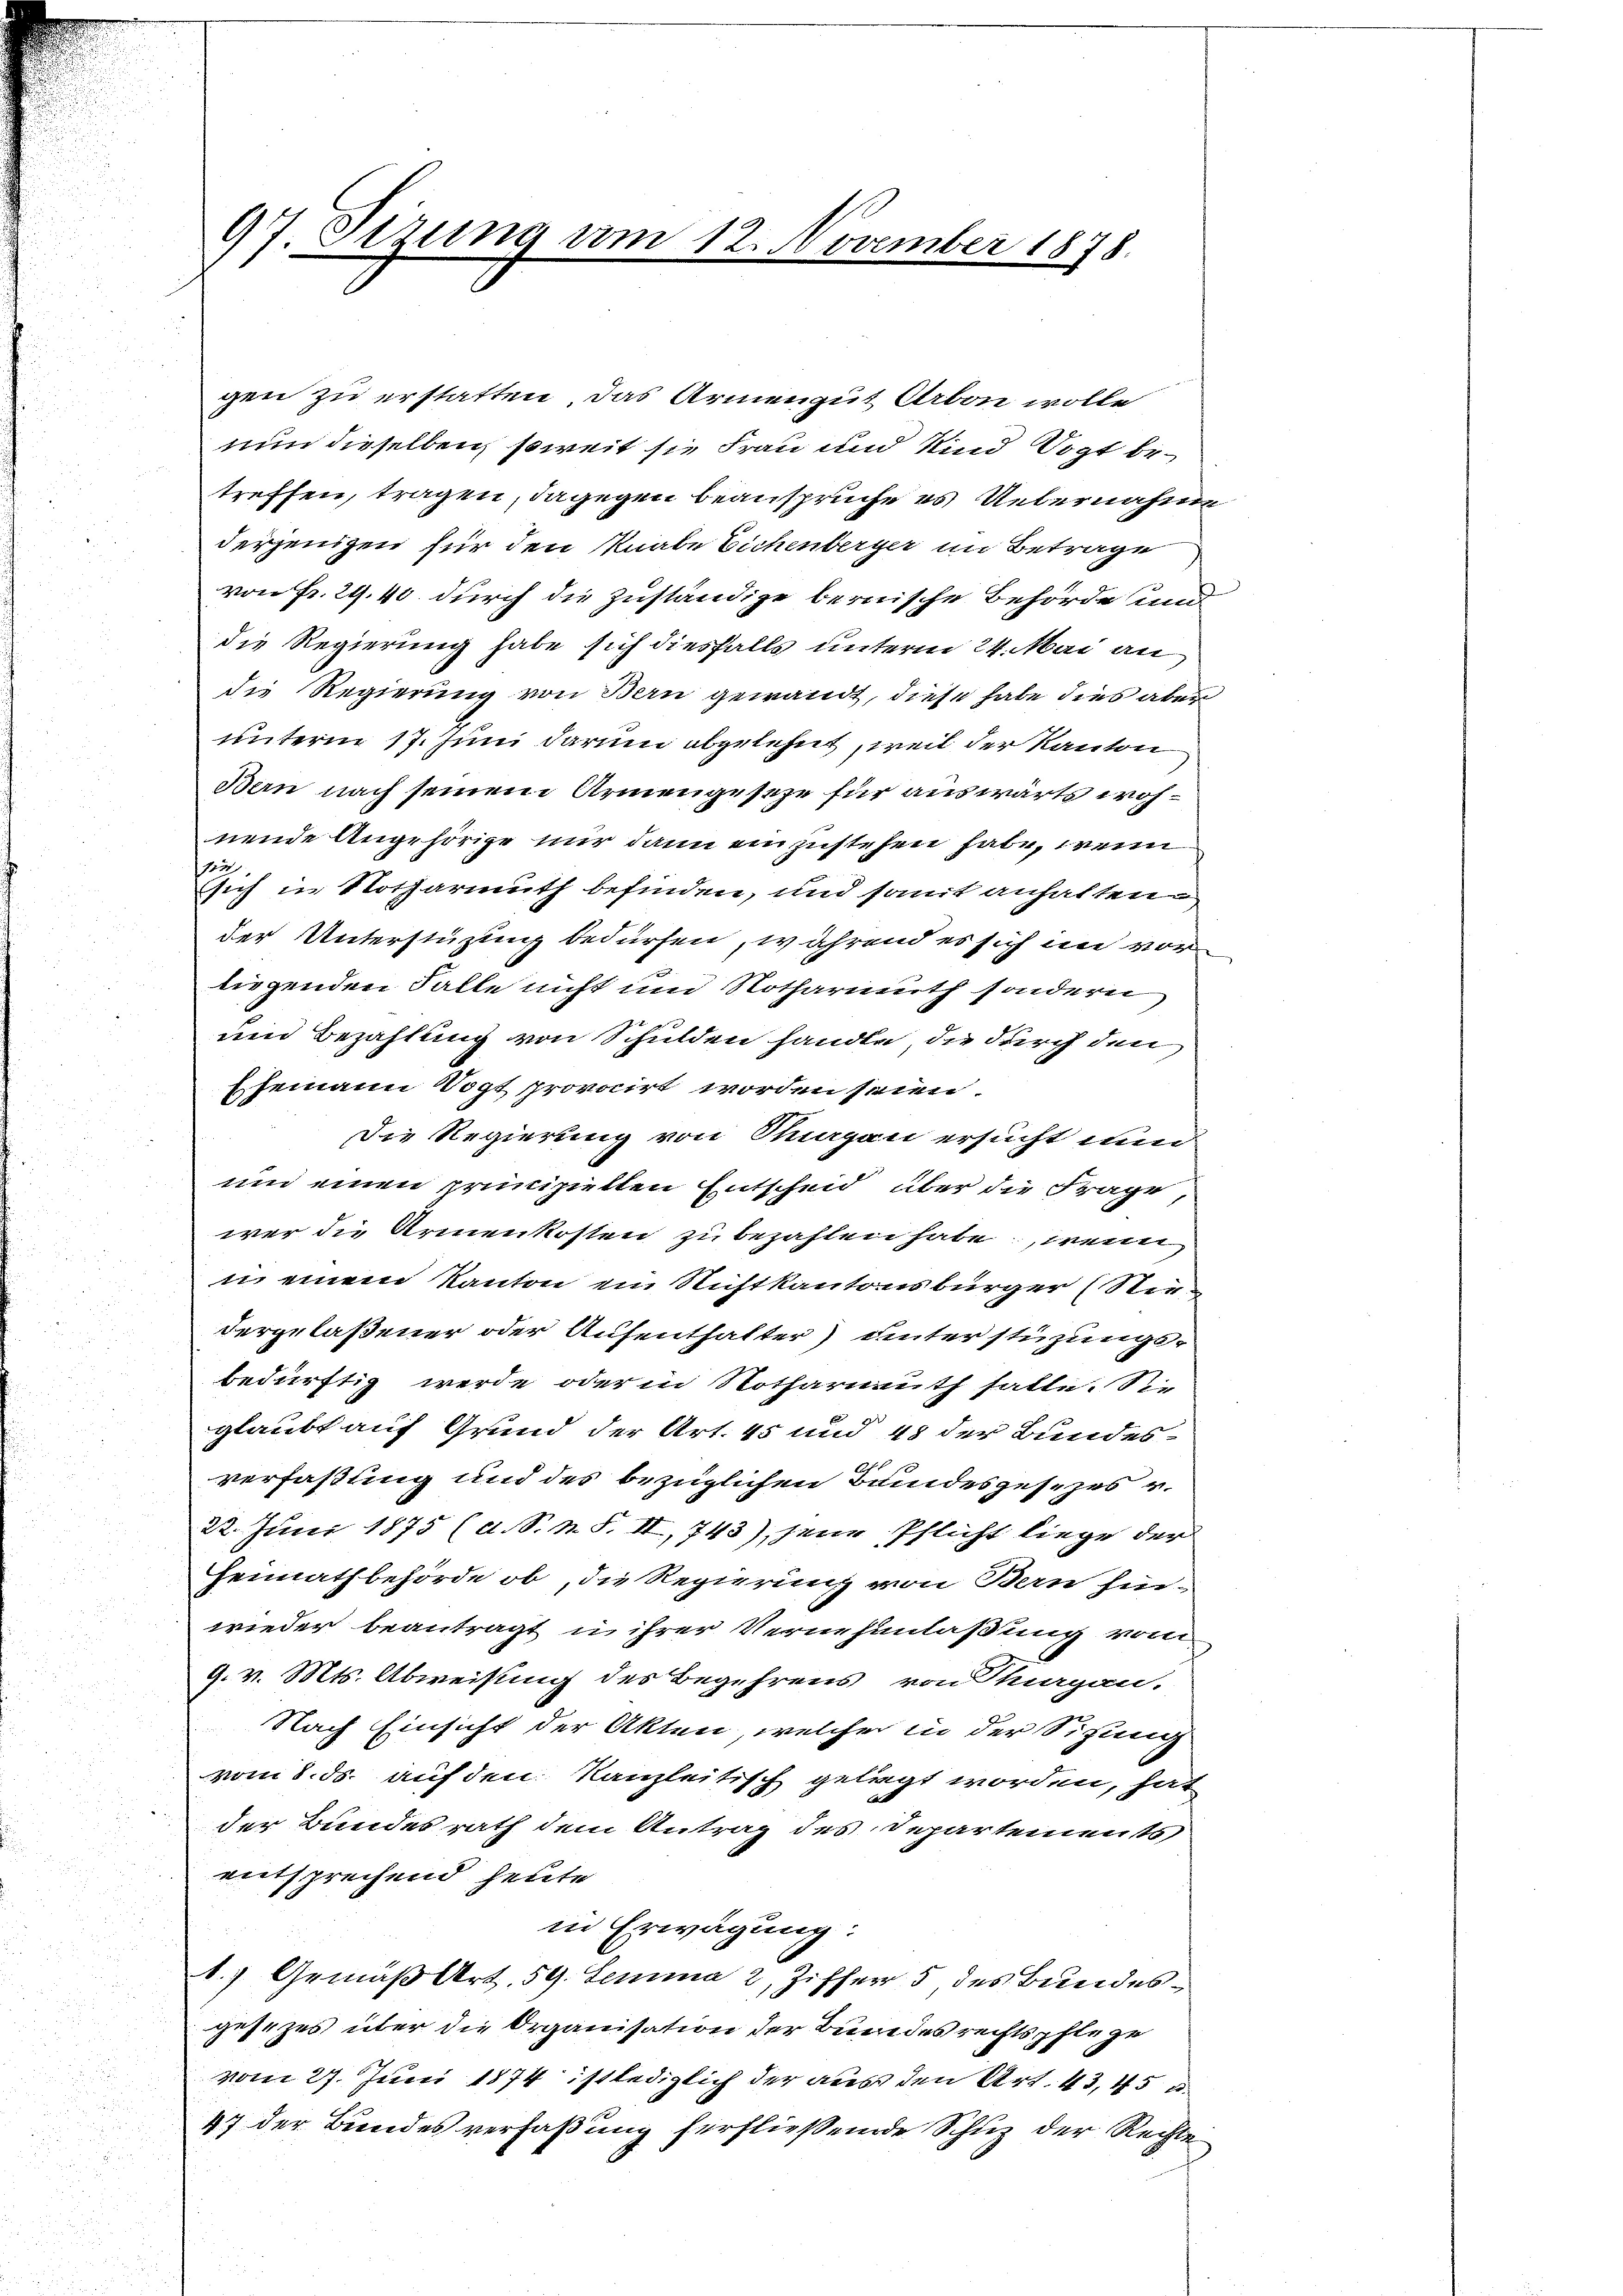
97 Sirung am 12. November 1878.

gen zu erstatten, das Armengut Arbon wolle
nun dieselben, soweit sie Frau und und Vogt betreffen, tragen, dagegen beanspruche es Uebernahme
derjenigen für den Knabe Eichenberger im Betrage
von Fr. 29, 40 durch die zuständige bernische Behörde und
die Regierung habe sich diesfalls unterm 24. Mai an
die Regierung von Bern gewandt, diese habe dies aber
unterm 17. Juni darum abgelehnt, weil der Kanton
Ben nach seinem Armengeseze für auswärts wohnende Angehörige nur dann ein zustehen habe, wenn
sen
sich in Notharmuth befinden, und somit anhalten
der Unterstüzung bedürfen, während es sich im vor
liegenden Falle nicht und Notharinuth sondern

und Bezahlung von Schulden handle, die durch den
Ehemann Vogt provocirt worden seien.
Die Regierung von Sargau ersucht und
un einen princiziellen Entscheid über die Frage
wer die Armenkosten zu bezahlen habe, wenn
u einem Kanton ein Richtkantonsbürger (Stiedergelaßener oder Aufenthalter) unterstüzungsbedürftig werde oder in Notharmauth hatte. Sie
glaubt auf Grund der Art. 45 und 48 der Bundesverfaßung und des bezüglichen Bundesgesezes v.
22. Juni 1875 (d. S. n. F. II, 743), jene Pflicht liege der
Heimathbehörde ob, die Regierung von Bern fin-
wieder beantragt u ihrer Vernehmlaßung von
9. v. Mts. Abweisung des Begehrens, von Thurgan.
Nach Einsicht der Akten, welcher in der Sitzung
vom 8. ds. auf den Kanzleitisch gelegt worden, hat
der Bundesrath dem Antrag des Departements
entsprechend heute
in Erwägung:
b.) Gemäß Art. 59. Lemma 2 Ziffer 5 des Bundesgesezes über die Organisation der Bundesrechtspflege
vom 27. Juni 1874 ist lediglich der aus den Art. 43,45 u.
47 der Bundes verfaßung herfließende Schuz der Rechte

a
d